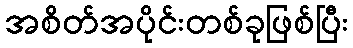
အစိတ်အပိုင်းတစ်ခုဖြစ်ပြီး